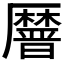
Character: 𫨤